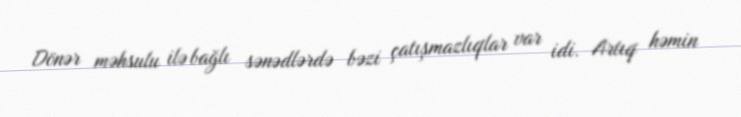
Dönər məhsulu ilə bağlı sənədlərdə bəzi çatışmazlıqlar var idi. Artıq həmin